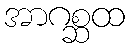
အာဂစ္ဆထ